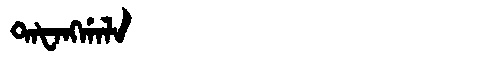
Manchu: ᡨᠠᡶᠠᠩᡤᠠᠯᠠ
Romanization: TAFANGGALA